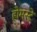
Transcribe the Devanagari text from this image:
होमस्टे